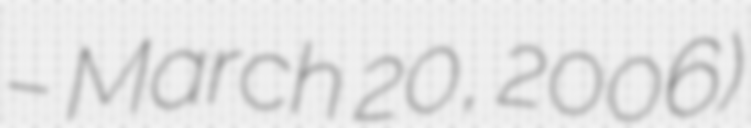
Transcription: – March 20, 2006)